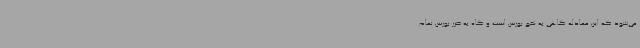
می‌شود که این معادله گاهی به نفع بورس است و گاه به ضرر بورس تمام